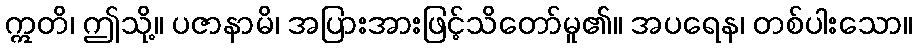
ဣတိ၊ ဤသို့။ ပဇာနာမိ၊ အပြားအားဖြင့်သိတော်မူ၏။ အပရေန၊ တစ်ပါးသော။